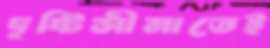
দৃষ্টিসীমাতেই